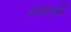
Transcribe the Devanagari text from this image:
उड़ाएंगे